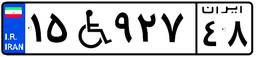
۰۲W۰۵۶۶۲